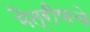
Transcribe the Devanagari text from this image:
मैत्रीणचे